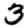
Digit: 3